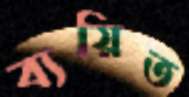
ব্যয়িত